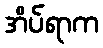
အိပ်ရာက